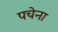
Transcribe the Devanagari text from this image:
पचेना